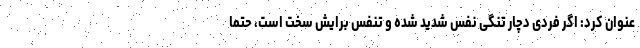
عنوان کرد: اگر فردی دچار تنگی نفس شدید شده و تنفس برایش سخت است، حتما